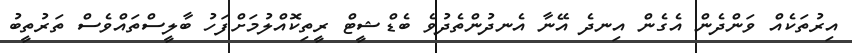
އިރުތަކެއް ވަންދެން އެގެން އިނދެ އޭނާ އެނދުންތެދުވެ ބެޑްޝީޓް ރީތިކޮއްލުމަށްފަހު ބާލީސްތައްވެސް ތަރުތީބު